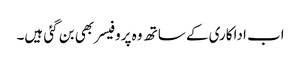
اب اداکاری کے ساتھ وہ پروفیسر بھی بن گئی ہیں۔